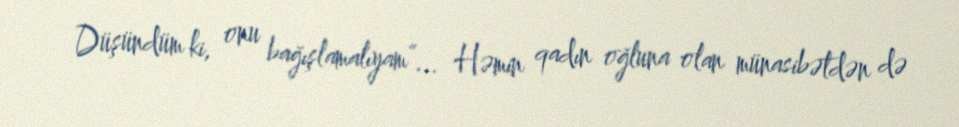
Düşündüm ki, onu bağışlamalıyam”... Həmin qadın oğluna olan münasibətdən də